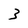
Character: 3